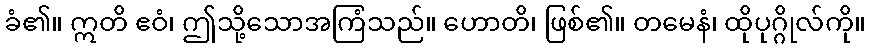
ခံ၏။ ဣတိ ဧဝံ၊ ဤသို့သောအကြံသည်။ ဟောတိ၊ ဖြစ်၏။ တမေနံ၊ ထိုပုဂ္ဂိုလ်ကို။